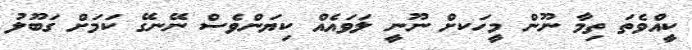
ކީއްވެތަ ތިމާ ނޫން މީހަަކށް ނޫނީ ލަވައެއް ކިޔަންވެސް ނޭނގޭ ކަމަށް ގަބޫލު